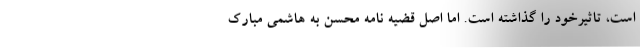
است، تاثیرخود را گذاشته است. اما اصل قضیه‌ نامه محسن به هاشمی مبارک